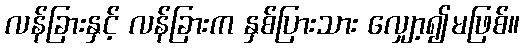
လန်ခြားနှင့် လန်ခြားက နှစ်ပြားသား လျှော့၍မဖြစ်။